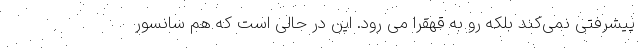
پیشرفتی نمی‌کند بلکه رو به قهقرا می رود. این در حالی است که هم سانسور